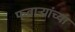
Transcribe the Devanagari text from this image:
फवार्‍यांच्या